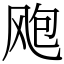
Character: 飑